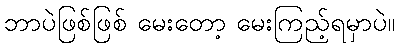
ဘာပဲဖြစ်ဖြစ် မေးတော့ မေးကြည့်ရမှာပဲ။